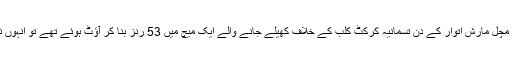
ویسٹرن آسٹریلیا کلب کے کپتان مچل مارش اتوار کے دن تسمانیہ کرکٹ کلب کے خلاف کھیلے جانے والے ایک میچ میں 53 رنز بنا کر آؤٹ ہوئے تھے تو انہوں نے دیوار پر اپنا غصہ نکالا تھا۔